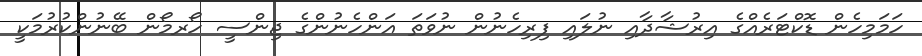
ހަމަމިހެން ޑޮކްޓަރެއްގެ އިރުޝާދާއި ނުލައި ފިރިހެނުން ނުވަތަ އަންހެނުންގެ ޖިންސީ ހޯރމޯން ބޭނުންކުރުމަކީ